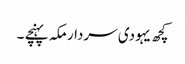
کچھ یہودی سردار مکہ پہنچے ۔